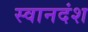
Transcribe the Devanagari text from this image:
स्वानदंश